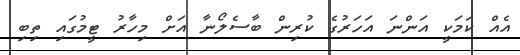
އެއް ކަމަކީ އަންނަ އަހަރުގެ ކުރިން ބާސެލޯނާ އަށް މިހާރު ޓީމުގައި ތިބި